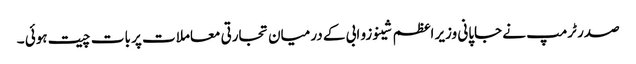
صدر ٹرمپ نے جاپانی وزیر اعظم شینوزو ابی کے درمیان تجارتی معاملات پر بات چیت ہوئی ۔